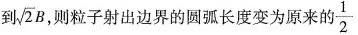
到\sqrt{2}B，则粒子射出边界的圆弧长度变为原来的\frac{1}{2}